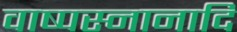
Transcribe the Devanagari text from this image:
वाष्पस्नानादि